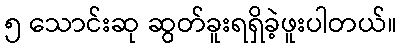
၅ သောင်းဆု ဆွတ်ခူးရရှိခဲ့ဖူးပါတယ်။